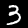
Digit: 3